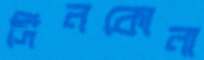
সিনকোনা